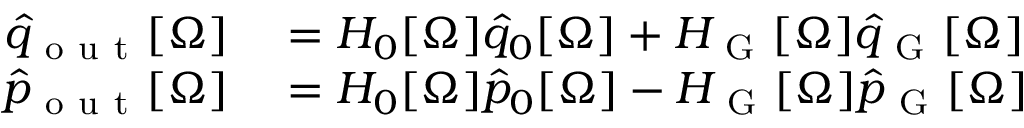
\begin{array} { r l } { \hat { q } _ { \mathrm { ~ o ~ u ~ t ~ } } [ \Omega ] } & { { } = H _ { 0 } [ \Omega ] \hat { q } _ { 0 } [ \Omega ] + H _ { \mathrm { ~ G ~ } } [ \Omega ] \hat { q } _ { \mathrm { ~ G ~ } } [ \Omega ] } \\ { \hat { p } _ { \mathrm { ~ o ~ u ~ t ~ } } [ \Omega ] } & { { } = H _ { 0 } [ \Omega ] \hat { p } _ { 0 } [ \Omega ] - H _ { \mathrm { ~ G ~ } } [ \Omega ] \hat { p } _ { \mathrm { ~ G ~ } } [ \Omega ] } \end{array}